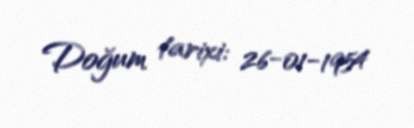
Doğum tarixi: 26-01-1954